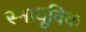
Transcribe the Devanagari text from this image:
स्नायूविक